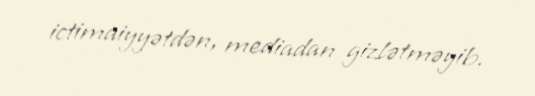
ictimaiyyətdən, mediadan gizlətməyib.